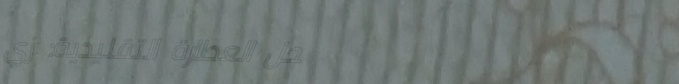
محل العطارة التقليدية: زي